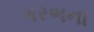
ગરભના